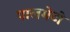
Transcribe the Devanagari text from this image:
पालमेटो